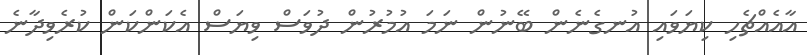
އާއެއްޗެހި ކިޔަވައި އުނގެނެން ބޭނުން ނަމަ އުމުރުން ދުވަސް ވިޔަސް އެކަންކަން ކުރެވިދާނެ